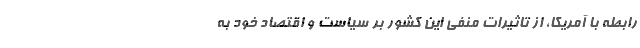
رابطه با آمریکا، از تاثیرات منفی این کشور بر سیاست و اقتصاد خود به